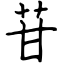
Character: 苷